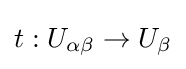
t:U_{\alpha \beta }\to U_{\beta }